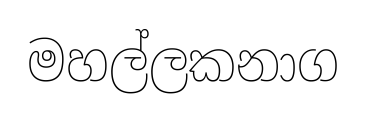
මහල්ලකනාග